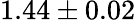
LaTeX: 1.44\pm 0.02